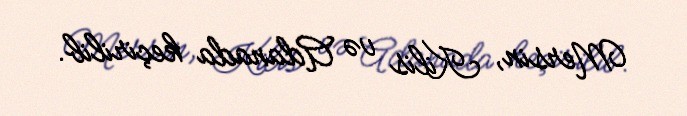
Mersin, Kilis və Adanada keçirilib.